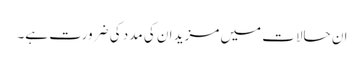
ان حالات میں مزید ان کی مدد کی ضرورت ہے۔